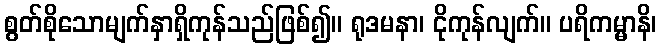
စွတ်စိုသောမျက်နှာရှိကုန်သည်ဖြစ်၍။ ရုဒမနာ၊ ငိုကုန်လျက်။ ပရိကမ္မာနိ၊